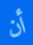
أن